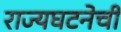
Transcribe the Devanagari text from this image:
राज्यघटनेची